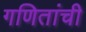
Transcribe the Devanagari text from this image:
गणितांची